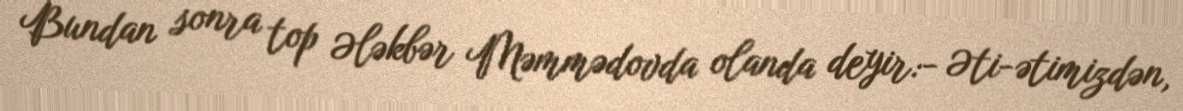
Bundan sonra top Ələkbər Məmmədovda olanda deyir:- Əti-ətimizdən,